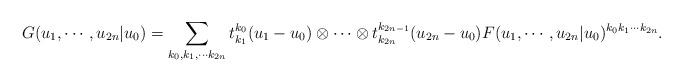
LaTeX: \begin{align*}G(u_1 , \cdots , u_{2n}|u_0 )=\sum_{k_0 , k_1 , \cdots k_{2n}} t^{k_0}_{k_1} (u_1 -u_0 ) \otimes \cdots \otimes t^{k_{2n-1}}_{k_{2n}} (u_{2n}-u_0 ) F(u_1 , \cdots , u_{2n}|u_0 )^{k_0 k_1 \cdots k_{2n}}. \end{align*}